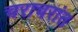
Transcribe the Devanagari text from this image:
चराचरांत